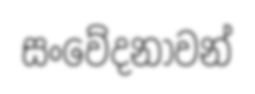
සංවේදනාවන්